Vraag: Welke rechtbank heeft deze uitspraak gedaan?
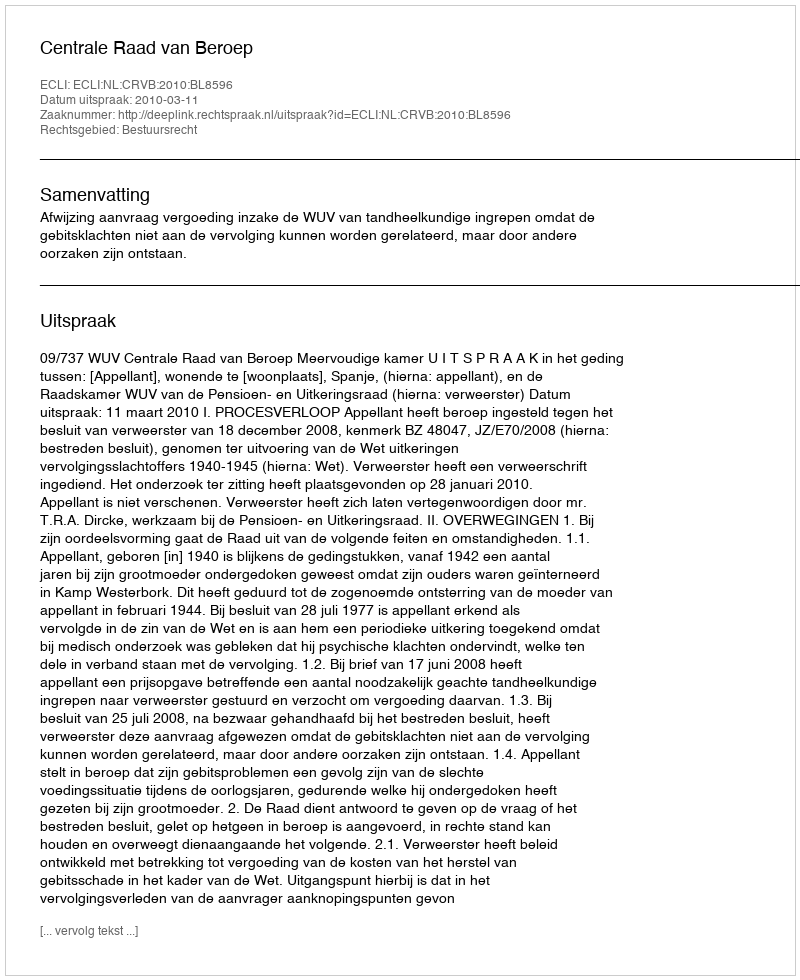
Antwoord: Centrale Raad van Beroep